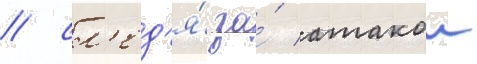
/ сл'ед'я́ за́ атакои